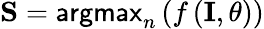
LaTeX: \mathbf{S}=\textsf{argmax}_{n}\left(f\left(\mathbf{I},\theta\right)\right)